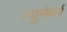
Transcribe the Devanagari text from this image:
ल्युनेबर्ग